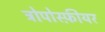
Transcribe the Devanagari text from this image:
ट्रोपोस्फ़ीयर